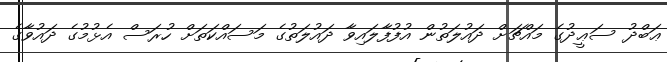
ޢަބްދު ސަޢީދުގެ މައްޗަށް ދައުލަތުން އުފުފާލައިވާ ދައުލަތުގެ މަސައްކަތަށް ހުރަސް އެޅުމުގެ ދައުވާގެ